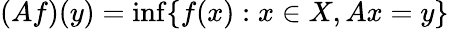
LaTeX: (Af)(y)=\operatorname*{inf}\{ f(x):x\in X,Ax=y\}